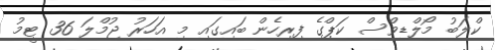
ކްލަބު މޯލްޑިވްސް ކަޕްގެ ފިރިހެން ބައިގައި މި އަހަރު ޖުމްލަ 36 ޓީމު